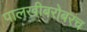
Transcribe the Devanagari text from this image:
पालखीबरोबरच